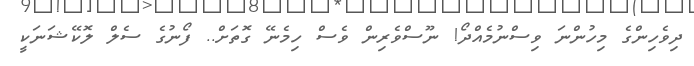
ދިވެހިންގެ މިހުންނަ ވިސްނުމެއްދޯ! ނޫސްވެރިން ވެސް ހިމެނޭ ގޮތަށް.. ފޯނުގެ ސެލް ލޮކޭޝަނަކީ